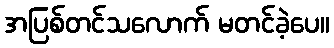
အပြစ်တင်သလောက် မတင်ခဲ့ပေ။